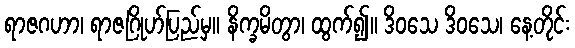
ရာဇဂဟာ၊ ရာဇဂြိုဟ်ပြည်မှ။ နိက္ခမိတွာ၊ ထွက်၍။ ဒိဝသေ ဒိဝသေ၊ နေ့တိုင်း